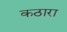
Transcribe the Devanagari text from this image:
कठारा